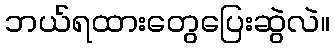
ဘယ်ရထားတွေပြေးဆွဲလဲ။